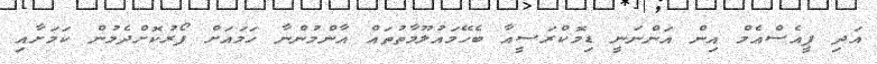
އަދި ޕީއެސްއެމް އިން އަންނަނީ ޑިމޮކްރަސީއާ ބެހޭމައުލޫމާތުތައް އާންމުންނާ ހަމައަށް ފޯރުކޮށްދެމުން ކަމަށާއި